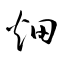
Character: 畑